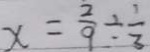
x = \frac { 2 } { 9 } \div \frac { 1 } { 3 }